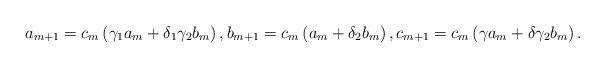
LaTeX: \begin{align*}a_{m+1}=c_{m}\left(\gamma_{1}a_{m}+\delta_{1}\gamma_{2}b_{m}\right),b_{m+1}=c_{m}\left(a_{m}+\delta_{2}b_{m}\right),c_{m+1}=c_{m}\left(\gamma a_{m}+\delta\gamma_{2}b_{m}\right).\end{align*}